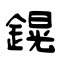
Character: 鎤